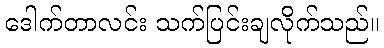
ဒေါက်တာလင်း သက်ပြင်းချလိုက်သည်။